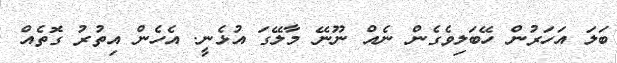
ބަލަ އަހަރުން ހޭބަލިވެގެން ނެެއް ނޫނޭ މާލޭގަ އުޅެނީ. އެހެން އިތުރު ގޮތެެއް